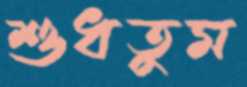
শুধতুম